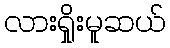
လားရှိုးမူဆယ်